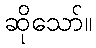
ဆိုသော်။